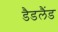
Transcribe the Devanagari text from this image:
डैडलैंड